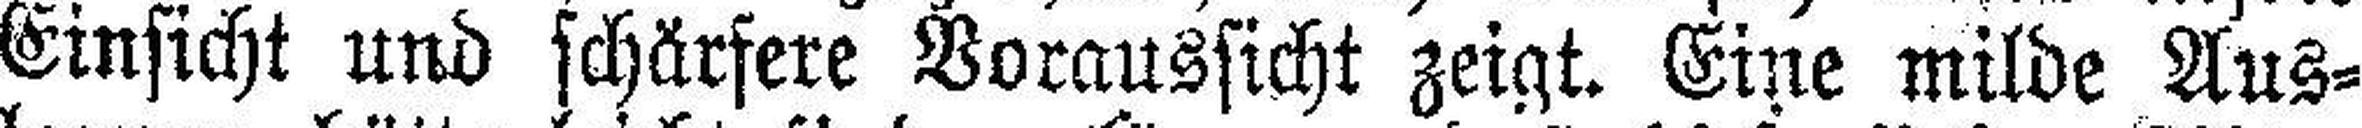
Einsicht und schärfere Voraussicht zeigt. Eine milde Aus¬